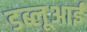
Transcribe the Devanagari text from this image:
डब्लूआई